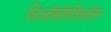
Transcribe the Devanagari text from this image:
थिऑसॉफीवरील